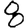
Digit: 8